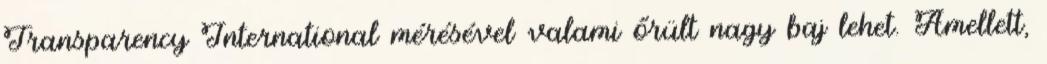
Transparency International mérésével valami őrült nagy baj lehet. Amellett,